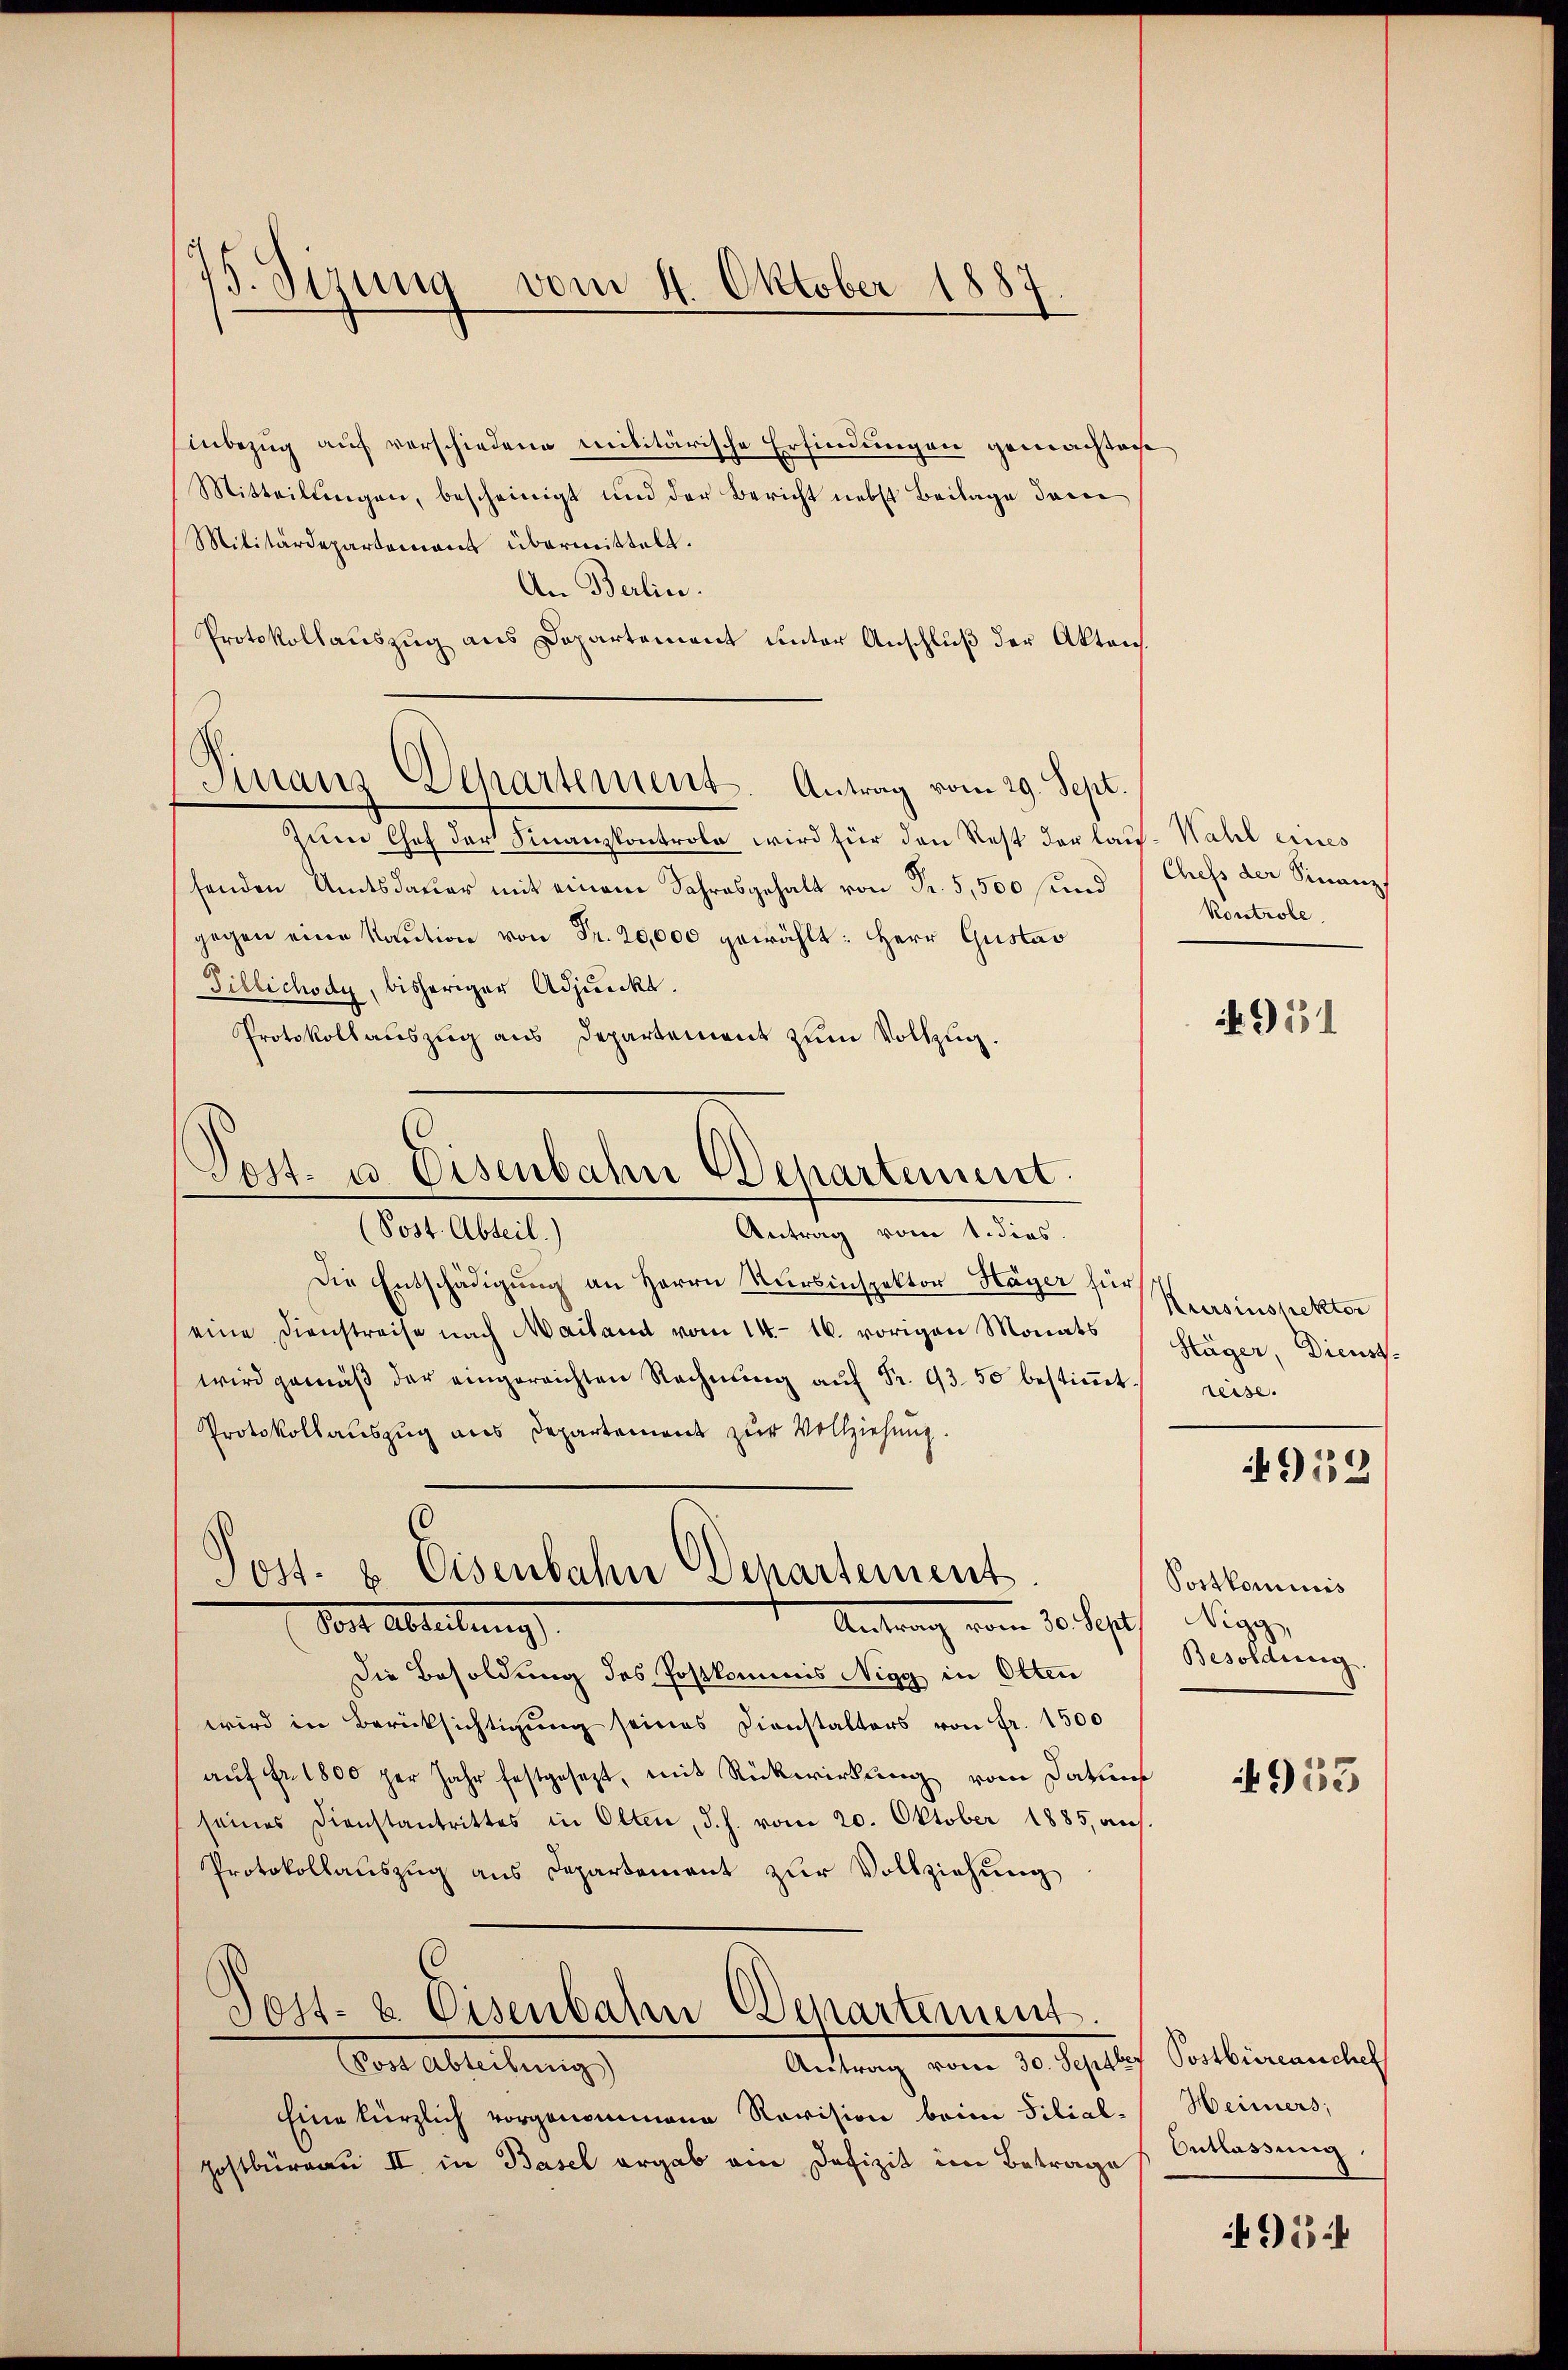
Sirung vom 4. Oktober 1887
d

inbezug auf verschiedene Militärische Erfindungen gemachtacht
Mitteilŭngen, bescheinigt und der Bericht nebst Beilage das
Militärdepartement übermittelt.
An Berlin.
Protokollauszug aus Departement unter Anschluß der Akten.
Zum Chef der Finanzkontrole wird für den Rest der lau-Wahl eines
senden Amtsdauer mit einem Jahresgehalt von Fr. 5,500 und
gegen eine Kaŭtion von Fr. 20,000 gewählt: Herr Gustav
Tillichody, bisheriger Adjunkt.
Protokollauszug aus Departement zum Vollzug.
Post- u Eisenbahn Departement.

Finanz-Departement. Antrag vom 29. Sept.

(Post. Abteil.)
Antrag vom 1. dies.

Post. u. Eisenbahn Departement
Antrag vom 30. Sept.
Post Abteilung

Chefs der Finanz
Kontrole.

Die Entschädigung an Herrn Kursinspektor Hager für
eine Dienstreise nach Mailand vom 14. 16. vorigen Monats
wird gemäβ der eingereichten Rechnŭng aŭf Fr. 93. 50 bestiṁt.
Protokollauszug aus Departement zur Vollziehung.
Die Besoldung des Postkommis Nigg in Olten
wird in Berücksichtigung seines Dienstalters von Fr. 1500
aŭf Fr. 1800 per Jahr festgesezt, mit Rückwirkung vom Datums
seines Dienstantrittes in Olten, d. h. vom 20. Oktober 1885, auf.
Protokollauszug aus Departement zur Vollziehung
Post- & Eisenbahn Departement.
Antrag vom 30. Septer Postbüreauchel
Coer Abreitung
Eine kürzlich vorgenommene Revision beim Filial-
Hostbüreau II in Basel ergab am Defizit im Betrage Entlassung.

951

Kursinspektor
Htäger, Dienst.
reise.

4952

Postkominis
Nigg,
Besoldung.

953

Heimers;

954